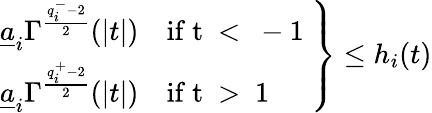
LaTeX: \left.\begin{array}{l}{\displaystyle\underline{{a}}_{i}\Gamma^{\frac{q_{i}^{-}-2}{2}}(|t|)\quad\mathrm{if~t~<~-1~}}\\ {\displaystyle\underline{{a}}_{i}\Gamma^{\frac{q_{i}^{+}-2}{2}}(|t|)\quad\mathrm{if~t~>~1~}}\end{array}\right\} \leq h_{i}(t)